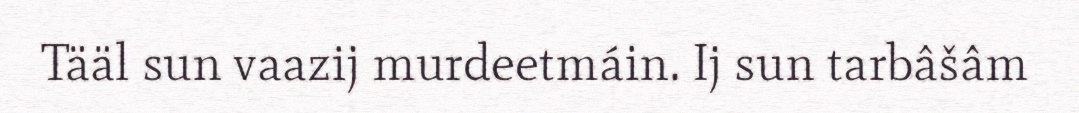
Tääl sun vaazij murdeetmáin. Ij sun tarbâšâm